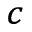
^ c